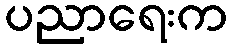
ပညာရေးက